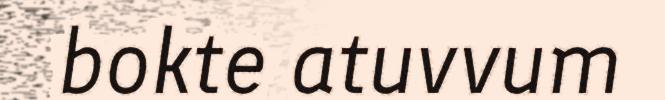
bokte atuvvum